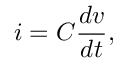
i = C { \frac { d v } { d t } } ,